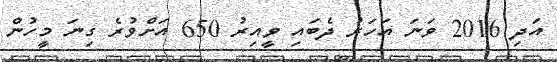
އަދި 2016 ވަނަ އަހަރު ދެބައި ވީއިރު 650 އަށްވުރެ ގިނަ މީހުން